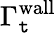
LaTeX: \Gamma_{\mathtt{t}}^{\mathrm{{wall}}}